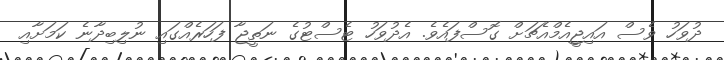
ދުވަހު ވެސް އައިޖީއެމްއެޗަށް ގޮސްފައެވެ. އެދުވަހު ޓެސްޓުގެ ނަތީޖާ ފަހަރެއްގައި ނުލިބިދާނެ ކަމަށާއި